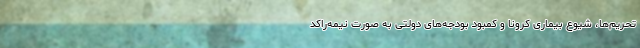
تحریم‌ها، شیوع بیماری کرونا و کمبود بودجه‌های دولتی به صورت نیمه‌راکد